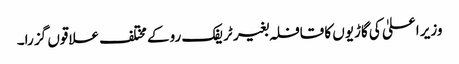
وزیر اعلیٰ کی گاڑیوں کا قافلہ بغیر ٹریفک روکے مختلف علاقوں گز را۔